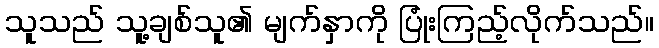
သူသည် သူ့ချစ်သူ၏ မျက်နှာကို ပြုံးကြည့်လိုက်သည်။